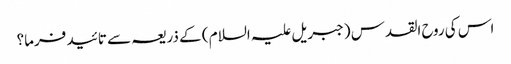
اس کی روح القدس (جبریل علیہ السلام ) کے ذریعہ سے تائید فرما؟